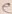
Text: e